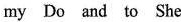
my Do and to She